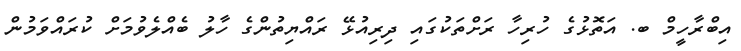
އިބްރާހީމް ބ. އަތޮޅުގެ ހުރިހާ ރަށްތަކުގައި ދިރިއުޅޭ ރައްޔިތުންގެ ހާލު ބެއްލެވުމަށް ކުރައްވަމުން